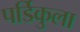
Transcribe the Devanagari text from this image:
पर्डिकुला